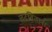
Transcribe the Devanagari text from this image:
चढविताना